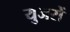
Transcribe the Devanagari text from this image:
युजरों